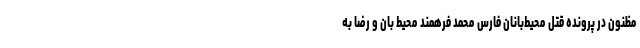
مظنون در پرونده قتل محیط‌بانان فارس محمد فرهمند محیط بان و رضا به